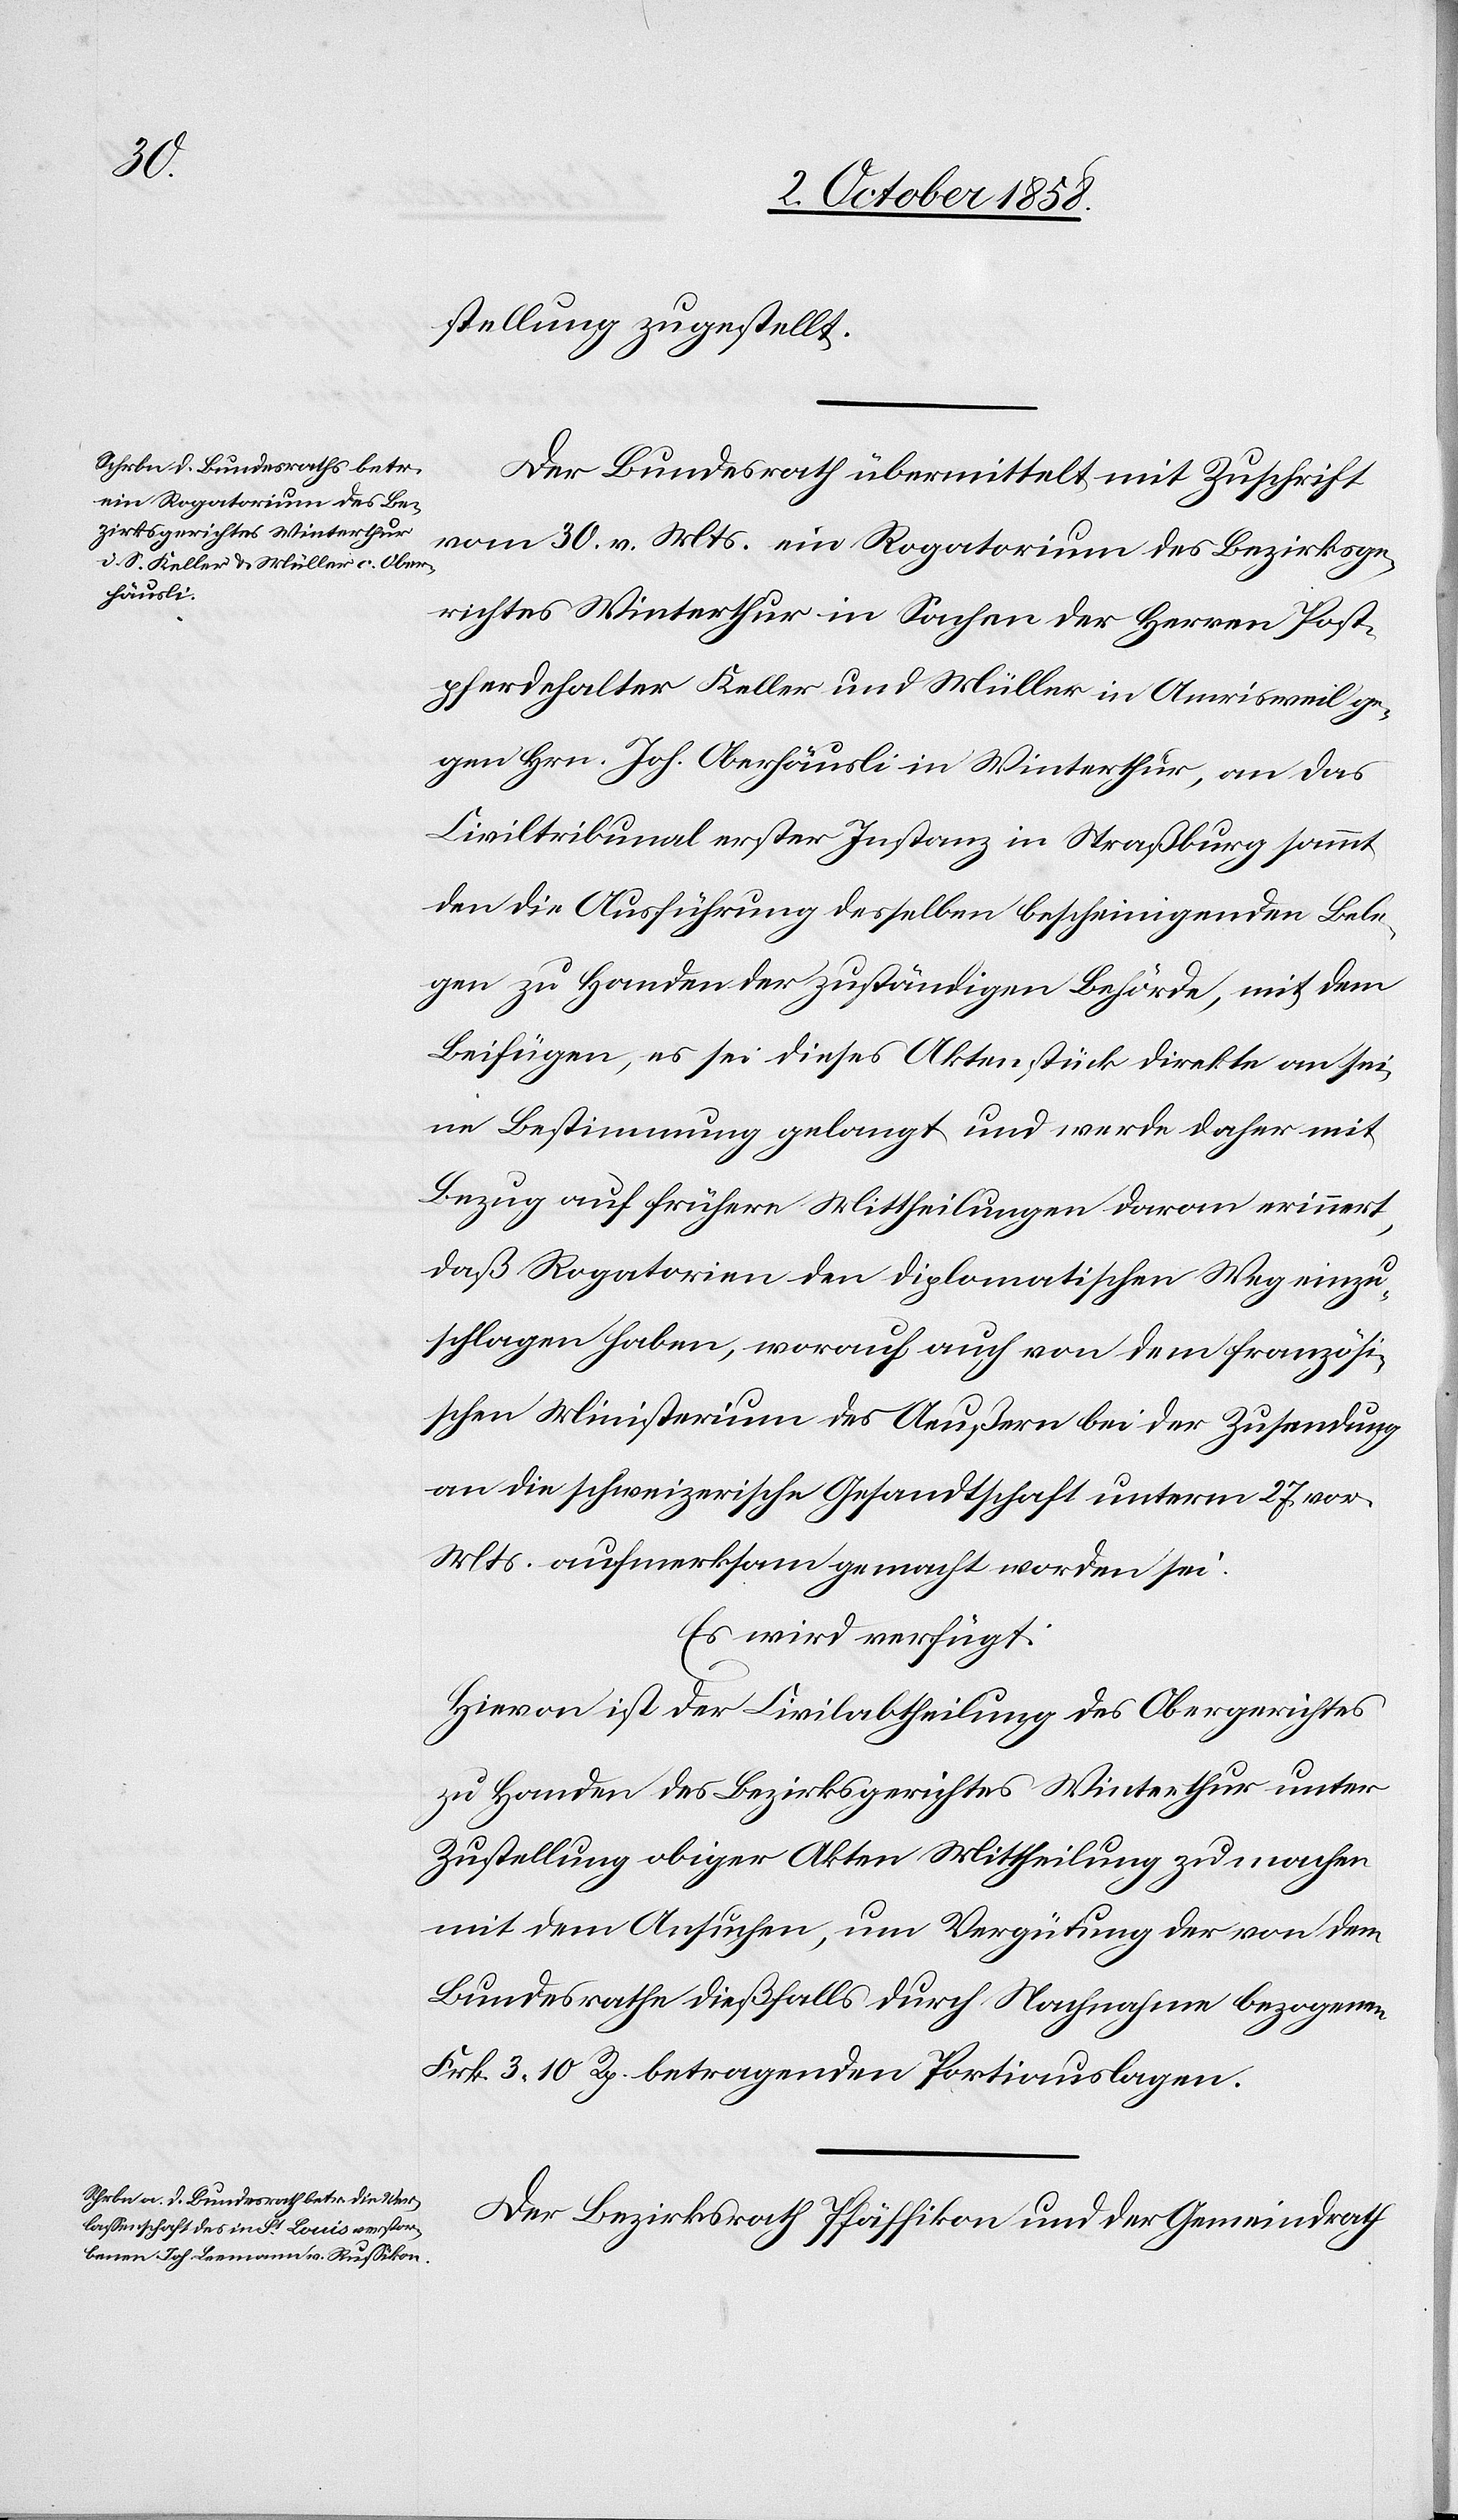
4. October 1858.]
stellung zugestellt.
Der Bundesrath übermittelt mit Zuschrift
vom 30. v. Mts ein Rogatorium des Bezirksge¬
richtes Winterthur in Sachen der Herren Post¬
pferdehalter Keller und Müller in Amrisweil ge¬
gen Hrn. Joh. Oberhäusli in Winterthur, an das
Civiltribunal erster Instanz in Straßburg sammt
den die Ausführung desselben bescheinigenden Bele¬
gen zu Handen der zuständigen Behörde, mit dem
Beifügen, es sei dieses Aktenstücke direkte an se¬
ine Bestimmung gelangt und werde daher mit
Bezug auf frühere Mittheilungen daran erinnert,
daß Rogatorien den diplomatischen Weg einzu¬
schlagen haben, worauf auch von dem französi¬
schen Ministerium des Aeußern bei der Zusendung
an die schweizerische Gesandtschaft unterm 27. vor.
Mts. aufmerksam gemacht worden sei.
Es wird verfügt:
Hievon ist der Civilabtheilung des Obergerichtes
zu Handen des Bezirksgerichtes Winterthur unter
Zustellung obiger Akten Mittheilung zu machen
mit dem Ansuchen, um Vergütung der von dem
Bundesrathe dießfalls durch Nachnahme bezogenen
Frk. 3. 10 Rp. betragenden Portiauslagen.
Der Bezirksrath Pfäffikon und der Gemeindrath